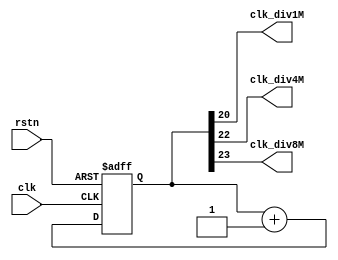
`timescale 1ns / 1ps
//////////////////////////////////////////////////////////////////////////////////
// Company: 
// Engineer: 
// 
// Design Name: 
// Module Name:    CLOCK_DIV 
// Project Name: 
// Target Devices: 
// Tool versions: 
// Description: 
//
// Dependencies: 
//
// Revision: 
// Revision 0.01 - File Created
// Additional Comments: 
//
//////////////////////////////////////////////////////////////////////////////////
module CLOCK_DIV(

			input		clk,
			input		rstn,
			
			output	clk_div1M,
			output	clk_div4M,
			output	clk_div8M
    );

			reg	[23:0]	cnt;
			
			assign		clk_div1M	=	cnt[20];
			assign		clk_div4M	=	cnt[22];
			assign		clk_div8M	=	cnt[23];
			
			always @ (posedge clk or negedge rstn)begin
				if(!rstn)
					cnt <= 24'h0;
				else cnt <= cnt + 1'b1;
			end
			
endmodule